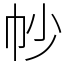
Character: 㠺